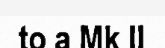
to a Mk II